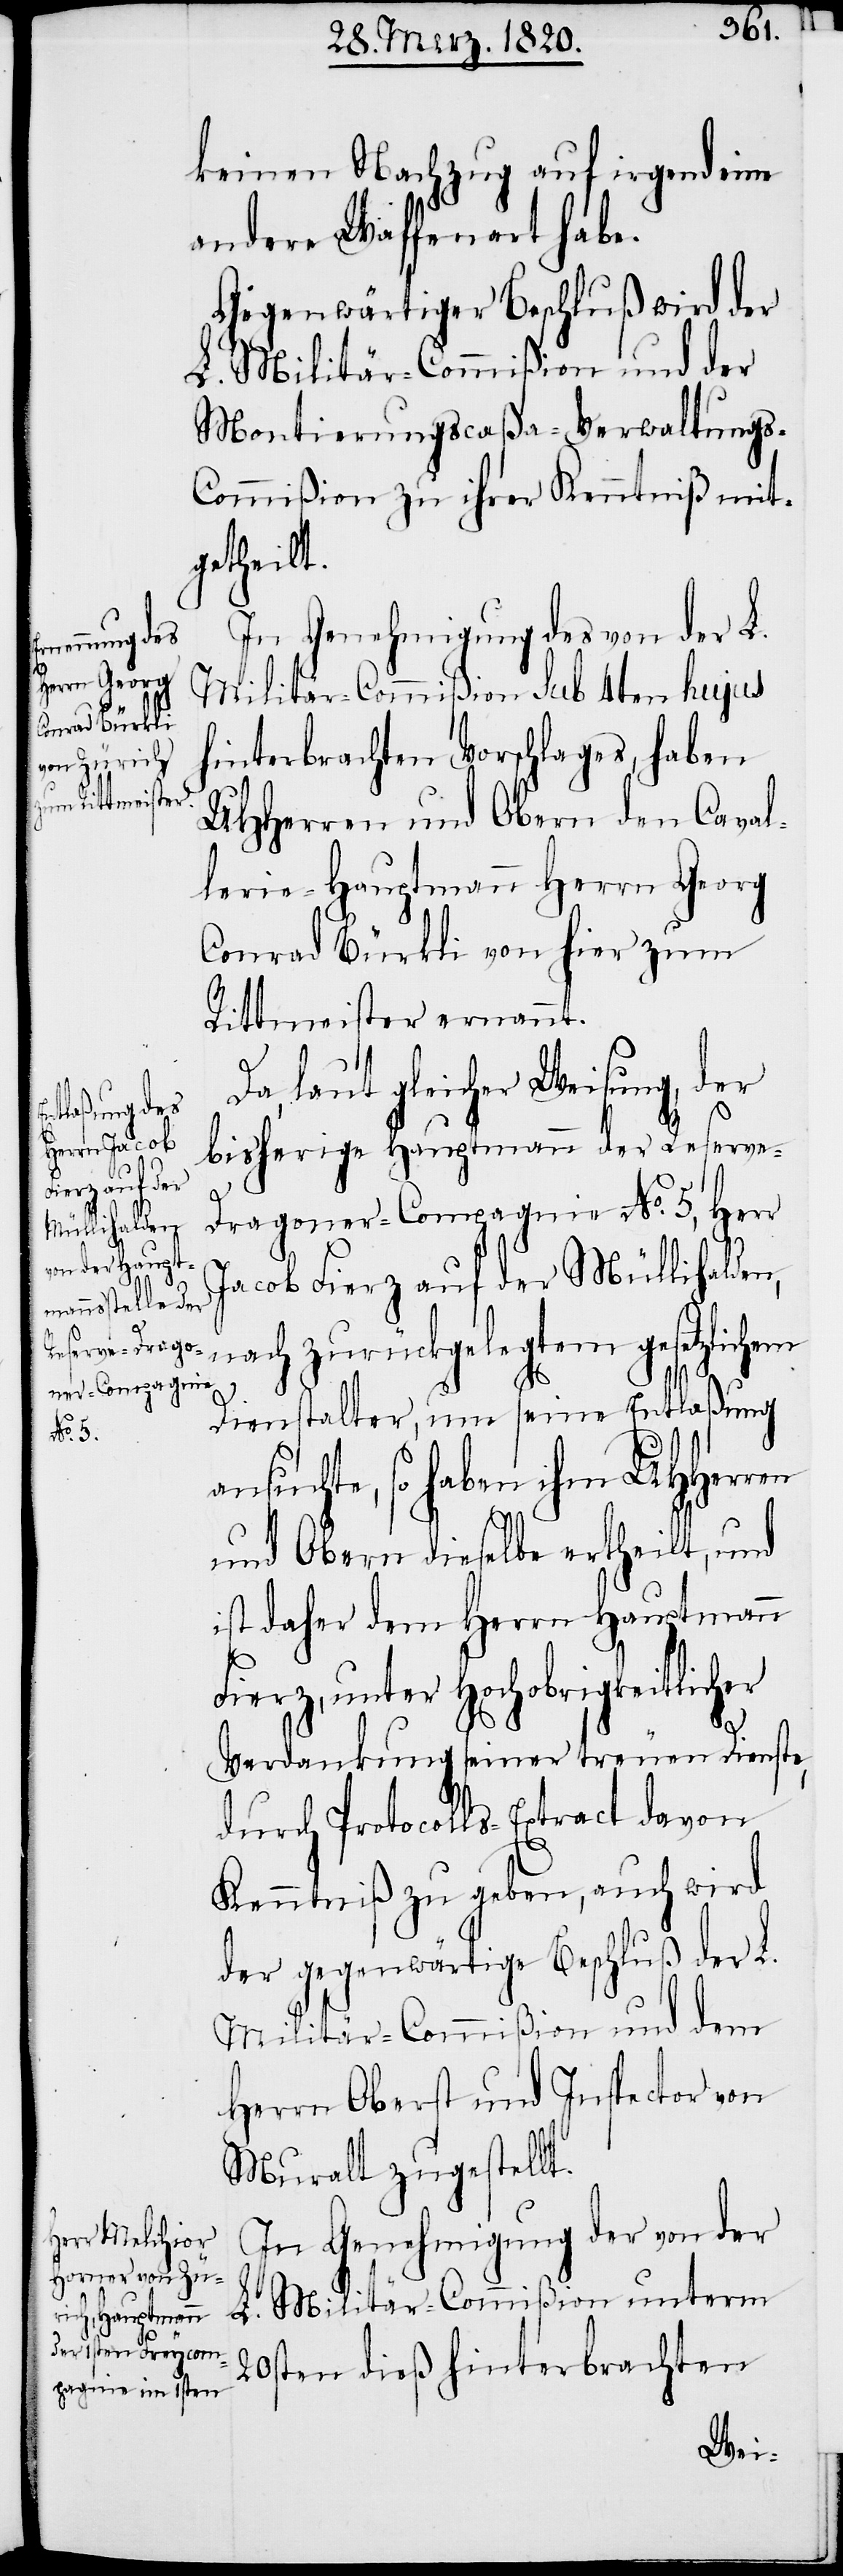
keinen Nachzug auf irgend eine
andere Waffenart habe.
Gegenwärtiger Beschluß wird der
L. Militär-Commißion und der
Montierungscaßa-Verwaltungs-C¬
ommißion zu ihrer Kenntniß mit¬
getheilt.
In Genehmigung des von der L.
Militär-Commißion sub 4ten hujus
hinterbrachten Vorschlages, haben
UHHerren und Obern den Caval¬
lerie-Hauptmann Herrn Georg
Conrad Bürkli von hier zum
Rittmeister ernannt.
er
Da, laut gleicher Weisung, der
bisherige Hauptmann der Reserve-D¬
ragoner-Compagnie No. 5, Herr
Jacob Fierz auf der Müllihalden,
nach zurückgelegtem gesetzlichem
Dienstalter, um seine Entlaßung
ansuchte, so haben ihm UHHerren
und Obern dieselbe ertheilt, und
ist daher dem Herrn Hauptmann
Fierz, unter Hochobrigkeitlich¬
Verdankung seiner treuen Dienste,
durch Protocolls-Extract davon
Kenntniß zu geben, auch wird
der gegenwärtige Beschluß der L.
Militär-Commißion und dem
Herrn Oberst und Inspector von
Muralt zugestellt.
In Genehmigung der von der
L. Militär-Commißion unterm
20sten dieß hinterbrachten